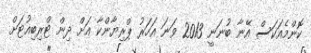
ކޮންމެއަކަސް އޭނާ ބުނަނީ 2013 ވަނަ އަހަރު ޕްރިޔާންކާ އަށް ދިން ޓްރިބިއުޓަށް